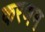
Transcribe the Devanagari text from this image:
करणम